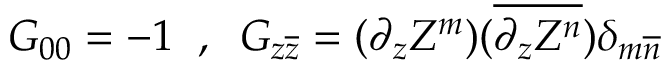
G _ { 0 0 } = - 1 \; \; , \; \; G _ { z \overline { { { z } } } } = ( \partial _ { z } Z ^ { m } ) ( \overline { { { \partial _ { z } Z ^ { n } } } } ) \delta _ { m \overline { { { n } } } }